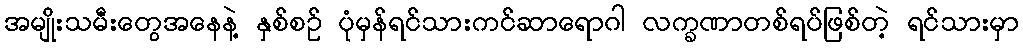
အမျိုးသမီးတွေအနေနဲ့ နှစ်စဉ် ပုံမှန်ရင်သားကင်ဆာရောဂါ လက္ခဏာတစ်ရပ်ဖြစ်တဲ့ ရင်သားမှာ